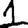
Digit: 1